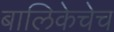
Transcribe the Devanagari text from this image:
बालिकेचेच